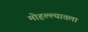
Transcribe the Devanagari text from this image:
मोहल्ल्यातला